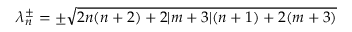
\lambda _ { n } ^ { \pm } = \pm \sqrt { 2 n ( n + 2 ) + 2 \vert m + 3 \vert ( n + 1 ) + 2 ( m + 3 ) }